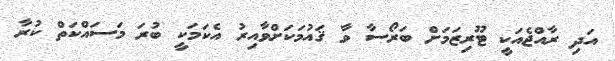
އަދި ރާއްޖެއަކީ ޓޫރިޒަމަށް ބަރޯސާ ވާ ޤައުމަކަށްވާއިރު އެކަމަކީ ބުރަ މަސައްކަތް ކުރާ